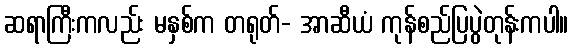
ဆရာကြီးကလည်း မနှစ်က တရုတ်- အာဆီယံ ကုန်စည်ပြပွဲတုန်းကပါ။